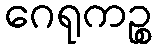
ဂေရုကဉ္စ